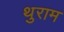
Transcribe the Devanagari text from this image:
थुराम